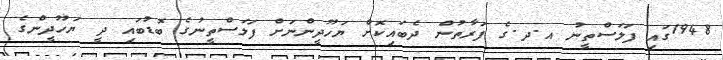
1948ގައި ފަލަސްތީނު އ.ދ.ގެ ފަރާތުން ދެބައިކޮށް ޔަހޫދީންނަށް ފަލަސްތީނުގެ ބޮޑުބައި ދީ ޔަހޫދީންގެ